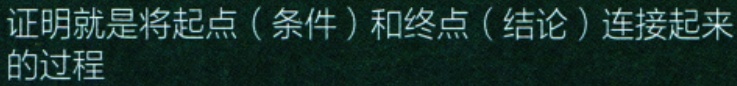
证明就是将起点（条件）和终点（结论）连接起来的过程